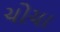
ચોચા